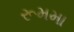
રૂમમા